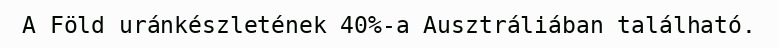
A Föld uránkészletének 40%-a Ausztráliában található.